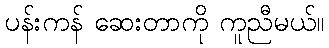
ပန်းကန် ဆေးတာကို ကူညီမယ်။